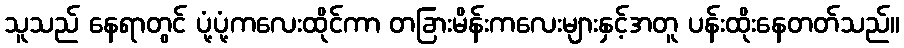
သူသည် နေရာတွင် ပုံ့ပုံ့ကလေးထိုင်ကာ တခြားမိန်းကလေးများနှင့်အတူ ပန်းထိုးနေတတ်သည်။